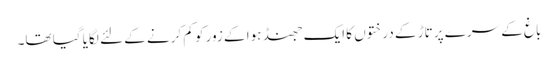
باغ کے سرے پر تاڑ کے درختوں کا ایک جھنڈ ہوا کے زور کو کم کرنے کے لئے لگایا گیا تھا۔